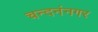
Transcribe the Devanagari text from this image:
चन्दनंनगर